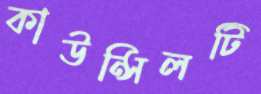
কাউন্সিলটি